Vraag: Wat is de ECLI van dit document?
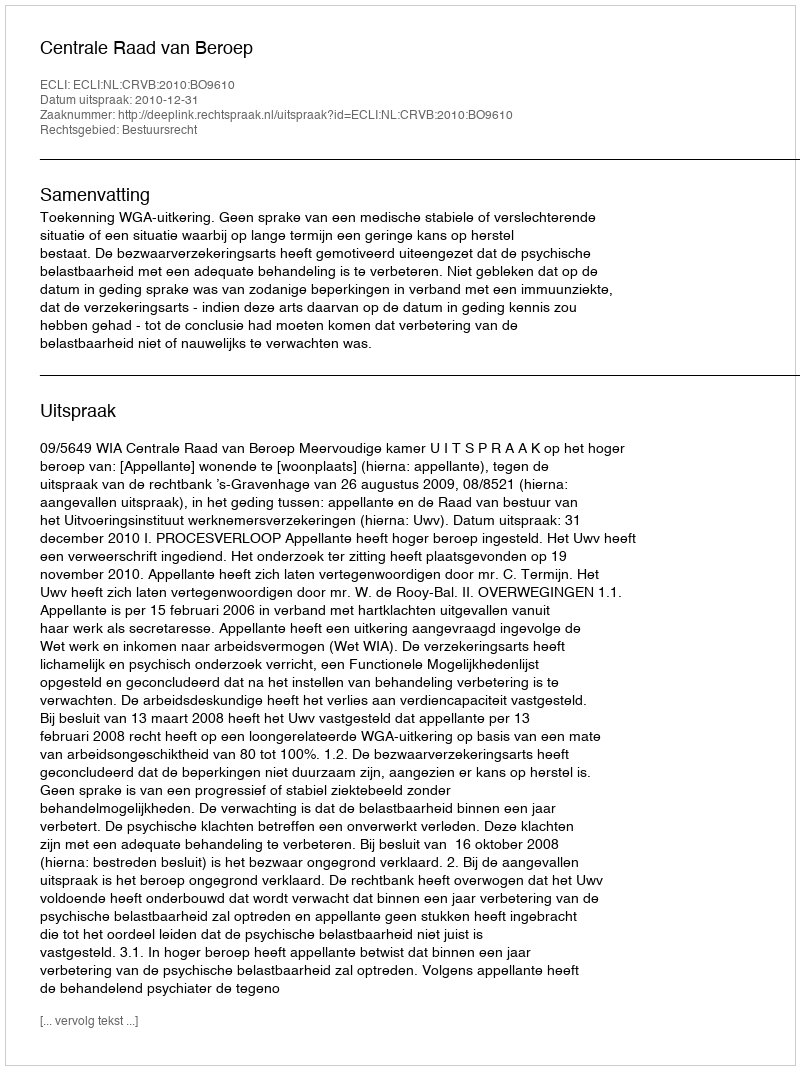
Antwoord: ECLI:NL:CRVB:2010:BO9610